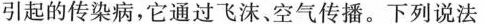
引起的传染病，它通过飞沫、空气传播。下列说法